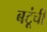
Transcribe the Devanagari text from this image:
बटूंची